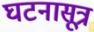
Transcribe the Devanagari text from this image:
घटनासूत्र